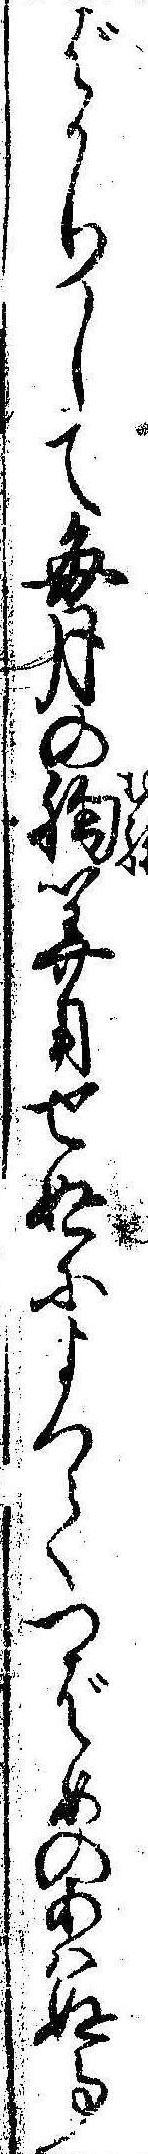
ばかりして毎月の胸算用せぬによつてつばめのあはぬ事